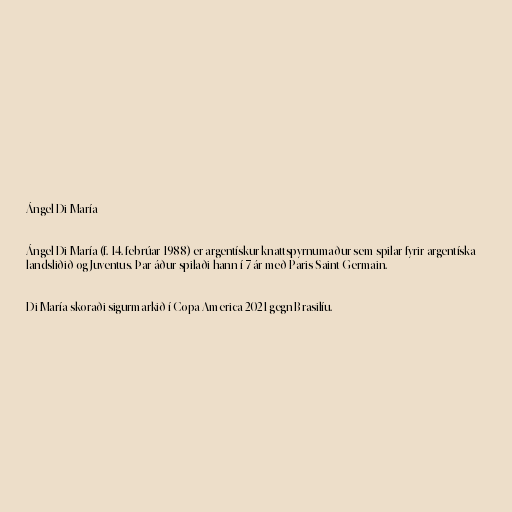
Ángel Di María

Ángel Di María (f. 14. febrúar 1988) er argentískur knattspyrnumaður sem spilar fyrir argentíska
landsliðið og Juventus. Þar áður spilaði hann í 7 ár með Paris Saint-Germain.

Di María skoraði sigurmarkið í Copa America 2021 gegn Brasilíu.